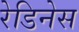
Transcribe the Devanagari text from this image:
रेडिनेस